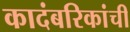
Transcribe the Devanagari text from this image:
कादंबरिकांची